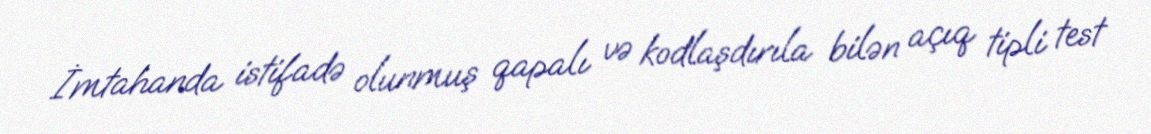
İmtahanda istifadə olunmuş qapalı və kodlaşdırıla bilən açıq tipli test